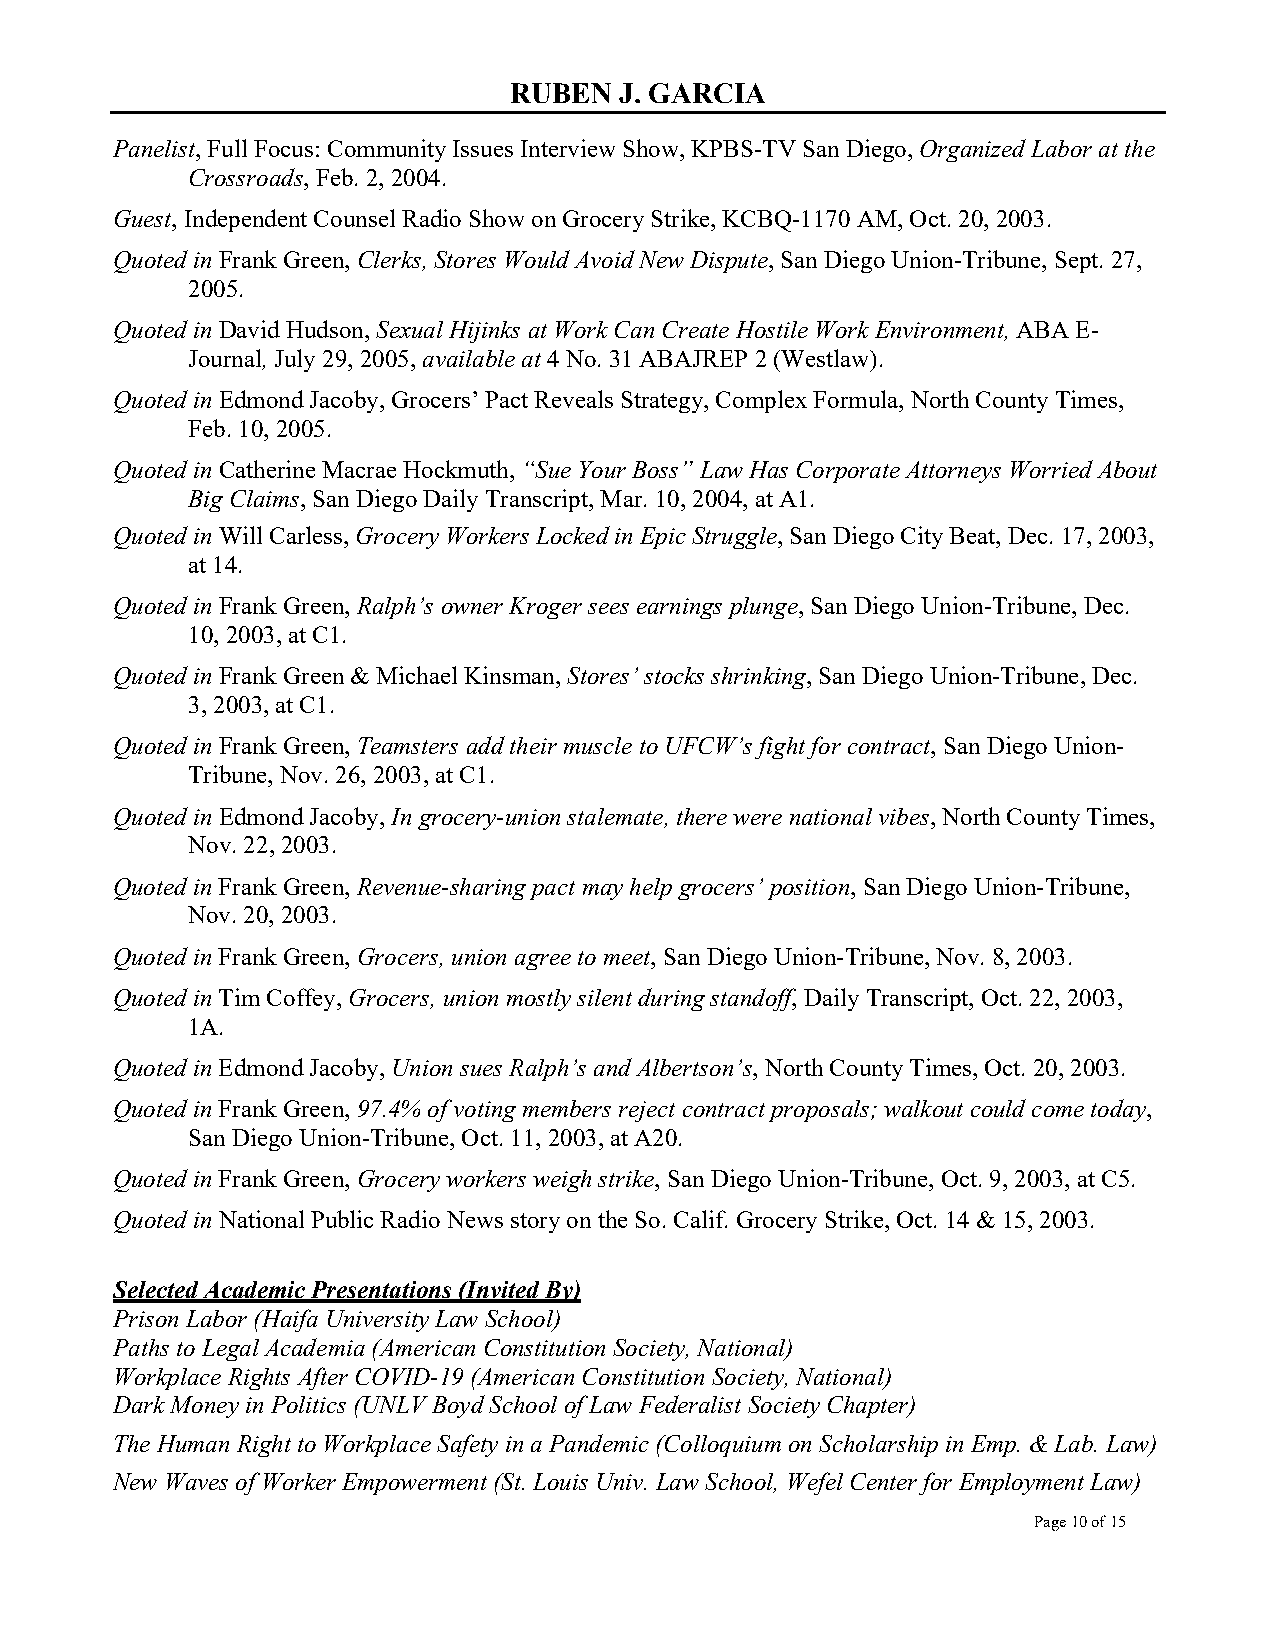
RUBEN  J. GARCIA
 Panelist, Full Focus: Community Issues Interview Show, KPBS-TV San Diego, Organized Labor at the
 Crossroads, Feb. 2, 2004.
 Guest, Independent Counsel Radio Show on Grocery Strike, KCBQ-1170 AM, Oct. 20, 2003.
 Quoted in Frank Green, Clerks, Stores Would Avoid New Dispute, San Diego Union-Tribune, Sept. 27,
 2005.
 Quoted in David Hudson, Sexual Hijinks at Work Can Create Hostile Work Environment, ABA E-
 Journal, July 29, 2005, available at 4 No. 31 ABAJREP 2 (Westlaw).
 Quoted in Edmond Jacoby, Grocers’ Pact Reveals Strategy, Complex Formula, North County Times,
 Feb. 10, 2005.
 Quoted in Catherine Macrae Hockmuth, “Sue Your Boss” Law Has Corporate Attorneys Worried About
 Big Claims, San Diego Daily Transcript, Mar. 10, 2004, at A1.
 Quoted in Will Carless, Grocery Workers Locked in Epic Struggle, San Diego City Beat, Dec. 17, 2003,
 at 14.
 Quoted in Frank Green, Ralph’s owner Kroger sees earnings plunge, San Diego Union-Tribune, Dec.
 10, 2003, at C1.
 Quoted in Frank Green & Michael Kinsman, Stores’ stocks shrinking, San Diego Union-Tribune, Dec.
 3, 2003, at C1.
 Quoted in Frank Green, Teamsters add their muscle to UFCW’s fight for contract, San Diego Union-
 Tribune, Nov. 26, 2003, at C1.
 Quoted in Edmond Jacoby, In grocery-union stalemate, there were national vibes, North County Times,
 Nov. 22, 2003.
 Quoted in Frank Green, Revenue-sharing pact may help grocers’ position, San Diego Union-Tribune,
 Nov. 20, 2003.
 Quoted in Frank Green, Grocers, union agree to meet, San Diego Union-Tribune, Nov. 8, 2003.
 Quoted in Tim Coffey, Grocers, union mostly silent during standoff, Daily Transcript, Oct. 22, 2003,
 1A.
 Quoted in Edmond Jacoby, Union sues Ralph’s and Albertson’s, North County Times, Oct. 20, 2003.
 Quoted in Frank Green, 97.4% of voting members reject contract proposals; walkout could come today,
 San Diego Union-Tribune, Oct. 11, 2003, at A20.
 Quoted in Frank Green, Grocery workers weigh strike, San Diego Union-Tribune, Oct. 9, 2003, at C5.
 Quoted in National Public Radio News story on the So. Calif. Grocery Strike, Oct. 14 & 15, 2003.
 Selected Academic Presentations (Invited By)
 Prison Labor (Haifa University Law School)
 Paths to Legal Academia (American Constitution Society, National)
 Workplace Rights After COVID-19 (American Constitution Society, National)
 Dark Money in Politics (UNLV Boyd School of Law Federalist Society Chapter)
 The Human Right to Workplace Safety in a Pandemic (Colloquium on Scholarship in Emp. & Lab. Law)
 New Waves of Worker Empowerment (St. Louis Univ. Law School, Wefel Center for Employment Law)
 Page 10 of 15